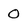
Character: 0